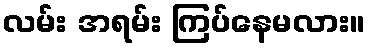
လမ်း အရမ်း ကြပ်နေမလား။